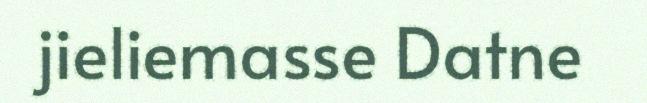
jieliemasse Datne